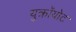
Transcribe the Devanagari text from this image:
युक्रॉयोट